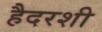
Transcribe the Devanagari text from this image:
हैदरशी